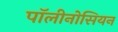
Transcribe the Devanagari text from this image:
पॉलीनोसियन